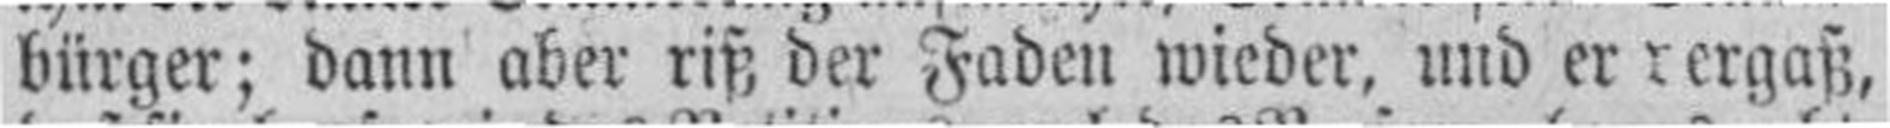
bürger; dann aber riß der Faden wieder, und er rergaß,